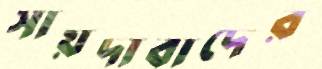
সায়দাবাদের